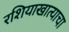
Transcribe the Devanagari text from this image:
रशियाखात्याचा